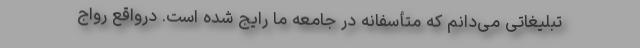
تبلیغاتی می‌دانم که متأسفانه در جامعه ما رایج شده است. درواقع رواج